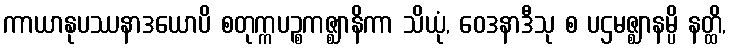
ကာယာနုပဿနာဒယောပိ စတုက္ကပဉ္စကဇ္ဈာနိကာ သိယုံ, ဝေဒနာဒီသု စ ပဌမဇ္ဈာနမ္ပိ နတ္ထိ,